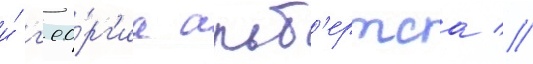
и́ г'ео́рг'иа альб'ертса //